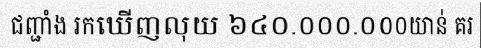
ជញ្ជាំង រកឃើញលុយ ៦៤០.០០០.០០០យាន់ គរ